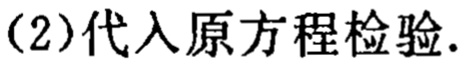
(2)代入原方程检验.